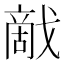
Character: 𰒰